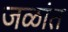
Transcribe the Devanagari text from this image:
जळांत